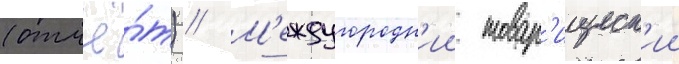
(отчё́т) // М'еждугородн'ии товар'ищеск'ии